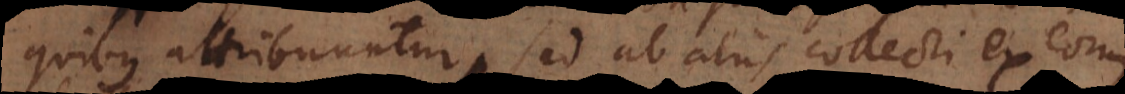
quibus attribuuntur, sed ab aliis collecti ex eorum